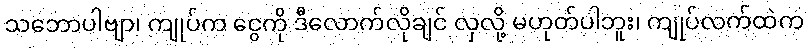
သဘောပါဗျာ၊ ကျုပ်က ငွေကို ဒီလောက်လိုချင် လှလို့ မဟုတ်ပါဘူး၊ ကျုပ်လက်ထဲက